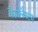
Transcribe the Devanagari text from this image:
कैप्रोलैक्टम